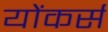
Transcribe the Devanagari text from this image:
योंकर्स